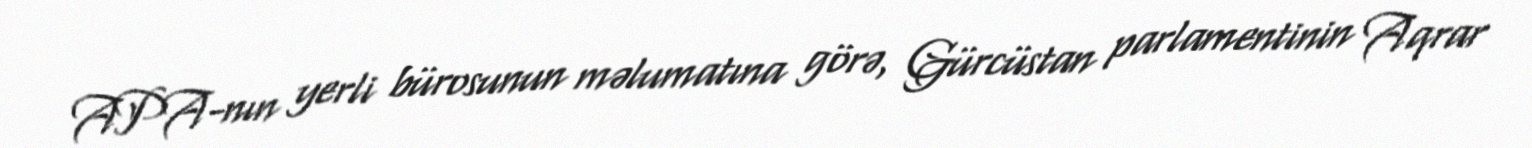
APA-nın yerli bürosunun məlumatına görə, Gürcüstan parlamentinin Aqrar